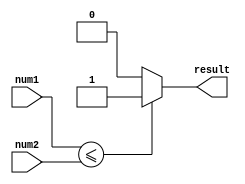
module less_than_or_equal_to (
    input [31:0] num1,
    input [31:0] num2,
    output reg result
);

always @(*) begin
    if(num1 <= num2) begin
        result = 1;
    end else begin
        result = 0;
    end
end

endmodule